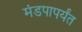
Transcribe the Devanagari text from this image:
मंडपापर्यंत